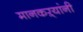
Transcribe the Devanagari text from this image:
मानकऱ्यांनी